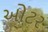
ઓટર